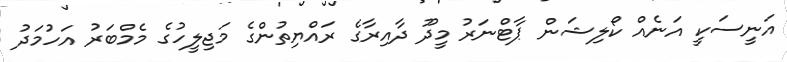
އަނީސަކީ އަނެއް ކޯލިޝަން ޕާޓްނަރު މީދޫ ދާއިރާގެ ރައްޔިތުންގެ މަޖިލީހުގެ މެމްބަރު އަހުމަދު